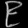
Digit: ၉